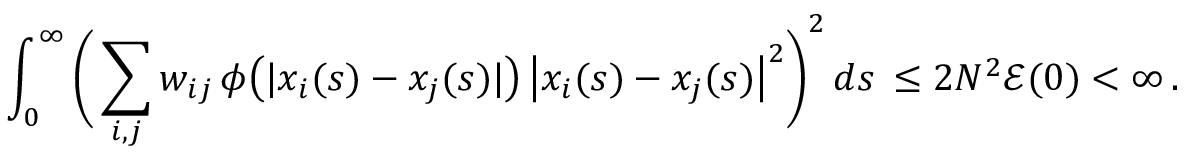
\int _ { 0 } ^ { \infty } \Bigg ( \sum _ { i , j } w _ { i j } \, \phi \big ( | x _ { i } ( s ) - x _ { j } ( s ) | \big ) \, \big | x _ { i } ( s ) - x _ { j } ( s ) \big | ^ { 2 } \Bigg ) ^ { 2 } \, d s \, \leq 2 N ^ { 2 } \mathcal { E } ( 0 ) < \infty \, .